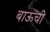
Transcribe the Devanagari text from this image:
बाऊची